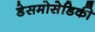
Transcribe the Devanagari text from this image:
डेसमोसेडिकी